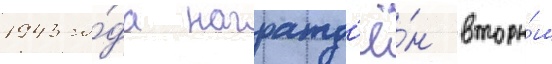
1943 го́да награжд'ё́н вторы́м